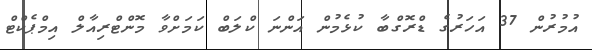
އުމުރުން 37 އަހަރުގެ ޑްރޮގްބާ ކުޅެމުން އަންނަ ކްލަބް ކަމަށްވާ މޮންޓްރިއާލް އިމްޕެކްޓް